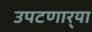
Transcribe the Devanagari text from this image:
उपटणार्‍या